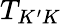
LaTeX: T_{K^{\prime}K}